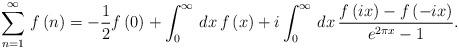
LaTeX: \begin{align*}\sum _{n=1}^{\infty }\, f\left( n\right) =-\frac{1}{2}f\left( 0\right) +\int _{0}^{\infty }\, dx\, f\left( x\right) +i\int _{0}^{\infty }\, dx\, \frac{f\left( ix\right) -f\left( -ix\right) }{e^{2\pi x}-1}.\end{align*}